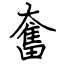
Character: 奮